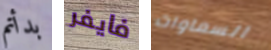
بدأتم فايفر السماوات